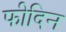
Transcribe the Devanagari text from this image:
फीदिन